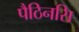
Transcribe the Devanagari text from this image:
पैठिनसि